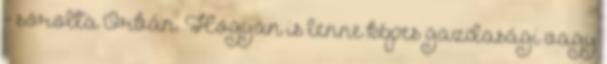
- sorolta Orbán. Hogyan is lenne képes gazdasági vagy